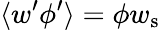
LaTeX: \langle w^{\prime}\phi^{\prime}\rangle=\phi{w_{\mathrm{s}}}